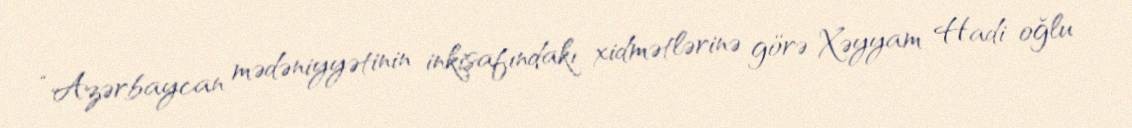
“Azərbaycan mədəniyyətinin inkişafındakı xidmətlərinə görə Xəyyam Hadi oğlu